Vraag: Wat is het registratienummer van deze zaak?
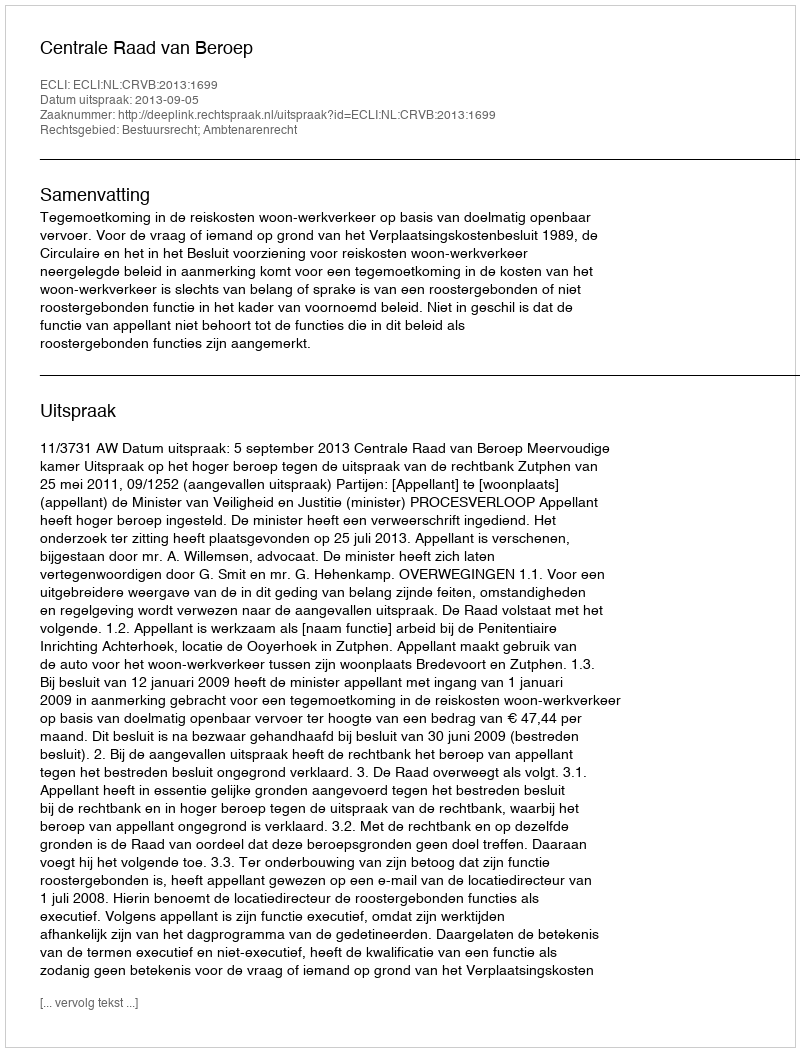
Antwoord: http://deeplink.rechtspraak.nl/uitspraak?id=ECLI:NL:CRVB:2013:1699